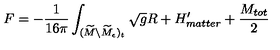
F = - { \frac { 1 } { 1 6 \pi } } \int _ { ( \widetilde M \backslash \widetilde M _ { \epsilon } ) _ { t } } \sqrt { g } R + H _ { m a t t e r } ^ { \prime } + { \frac { M _ { t o t } } { 2 } }